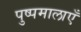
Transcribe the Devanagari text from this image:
पुष्पमालाएँ